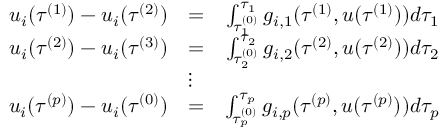
\begin{array} { r l r } { u _ { i } ( \tau ^ { ( 1 ) } ) - u _ { i } ( \tau ^ { ( 2 ) } ) } & { = } & { \int _ { \tau _ { 1 } ^ { ( 0 ) } } ^ { \tau _ { 1 } } g _ { i , 1 } ( \tau ^ { ( 1 ) } , u ( \tau ^ { ( 1 ) } ) ) d \tau _ { 1 } } \\ { u _ { i } ( \tau ^ { ( 2 ) } ) - u _ { i } ( \tau ^ { ( 3 ) } ) } & { = } & { \int _ { \tau _ { 2 } ^ { ( 0 ) } } ^ { \tau _ { 2 } } g _ { i , 2 } ( \tau ^ { ( 2 ) } , u ( \tau ^ { ( 2 ) } ) ) d \tau _ { 2 } } \\ & { \vdots } & \\ { u _ { i } ( \tau ^ { ( p ) } ) - u _ { i } ( \tau ^ { ( 0 ) } ) } & { = } & { \int _ { \tau _ { p } ^ { ( 0 ) } } ^ { \tau _ { p } } g _ { i , p } ( \tau ^ { ( p ) } , u ( \tau ^ { ( p ) } ) ) d \tau _ { p } } \end{array}